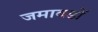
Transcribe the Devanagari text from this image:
जमावडों